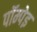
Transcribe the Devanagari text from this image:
पॉम्पेइ